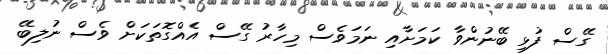
ގޭސް ފުޅި ބޭނުންވާ ކަމަށާއި ނަމަވެސް މިހާރު ގޭސް އެއްގޮތަކަށް ވެސް ނުލިބޭ